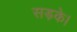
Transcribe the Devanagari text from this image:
सड़के।